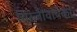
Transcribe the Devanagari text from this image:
चिरंजीवांपैकी